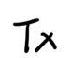
$Tx$